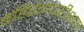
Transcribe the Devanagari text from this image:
बहिरंगपरीक्षण